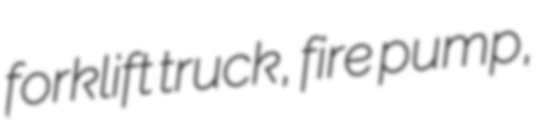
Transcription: forklift truck, fire pump,